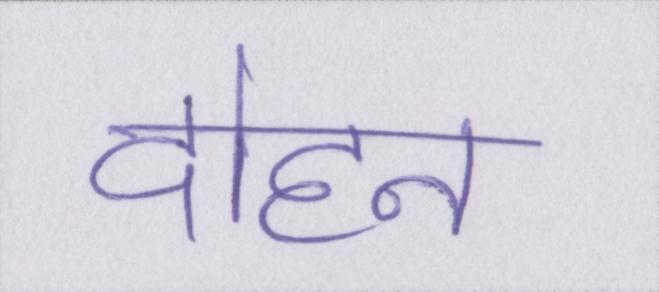
दोहन